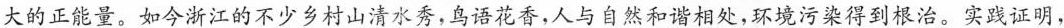
大的正能量。如今浙江的不少乡村山清水秀，鸟语花香，人与自然和谐相处，环境污染得到根治。实践证明，